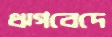
ঋগবেদে